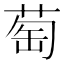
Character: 萄